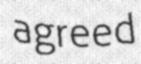
agreed